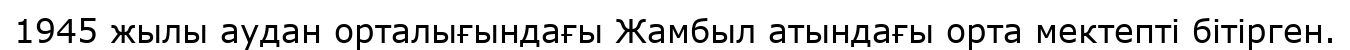
1945 жылы аудан орталығындағы Жамбыл атындағы орта мектепті бітірген.